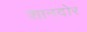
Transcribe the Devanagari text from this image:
शानदोर